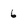
Character: 6